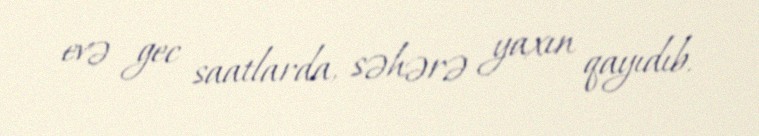
evə gec saatlarda, səhərə yaxın qayıdıb.